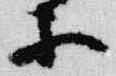
等